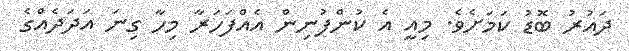
ދައުރު ބޮޑު ކަމަށެވެ. މިއީ އެ ކުންފުނިން އެއްފަހަރާ މިހާ ގިނަ އަދަދެއްގެ